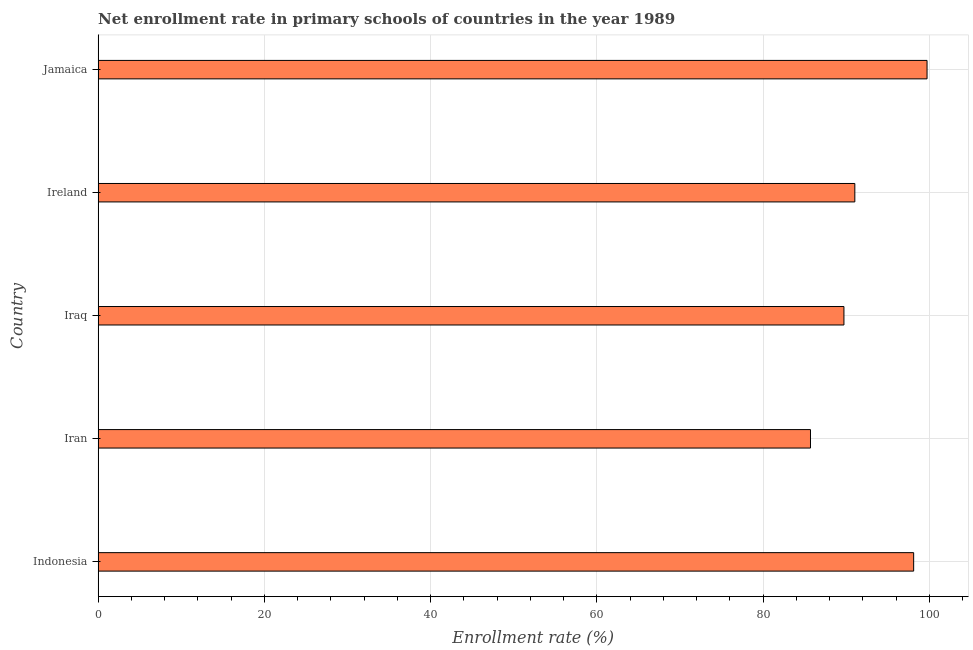
| Country | Adjusted net enrolment rate |
 | --- | --- |
 | Indonesia | 98.1 |
 | Iran | 85.7 |
 | Iraq | 89.7 |
 | Ireland | 91 |
 | Jamaica | 99.7 |